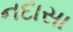
નદાસા